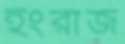
হংরাজ